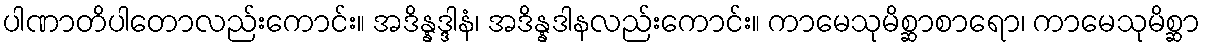
ပါဏာတိပါတောလည်းကောင်း။ အဒိန္နဒ္ဒါနံ၊ အဒိန္နဒါနလည်းကောင်း။ ကာမေသုမိစ္ဆာစာရော၊ ကာမေသုမိစ္ဆာ